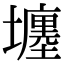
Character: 㙻